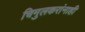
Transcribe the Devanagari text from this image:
चिमुलकरांनाही